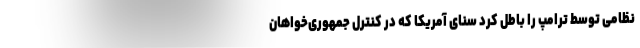
نظامی توسط ترامپ را باطل کرد سنای آمریکا که در کنترل جمهوری‌خواهان